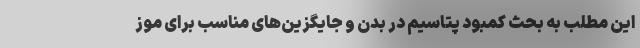
این مطلب به بحث کمبود پتاسیم در بدن و جایگزین‌های مناسب برای موز